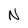
Character: N